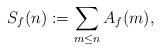
LaTeX: \begin{align*} S_f(n) := \sum_{m \leq n} A_f(m),\end{align*}